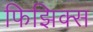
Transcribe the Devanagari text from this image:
फिझिक्स